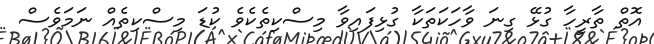
އޮތް ތާރީހާ ގުޅޭ ގިނަ ވާހަކަތަކާ ގުޅިފައިވާ މިސްކިތެކެވެ ކުޑަ މިސްކިތެއް ނަމަވެސް